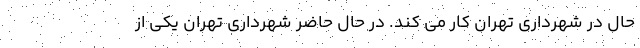
حال در شهرداری تهران کار می کند. در حال حاضر شهرداری تهران یکی از